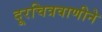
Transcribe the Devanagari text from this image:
दूरचित्रवाणीने